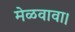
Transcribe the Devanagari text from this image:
मेळवावा।